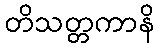
တိသတ္တကာနိ